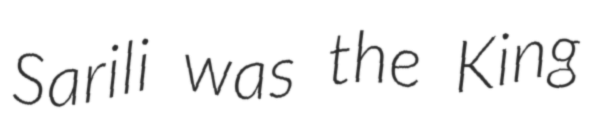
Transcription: Sarili was the King